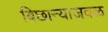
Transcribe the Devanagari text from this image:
बिछान्याजवळ